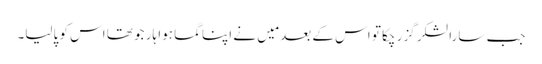
جب سارا لشکر گزر چکا تو اس کے بعد مَیں نے اپناگما ہوا ہار جو تھا اس کو پالیا۔